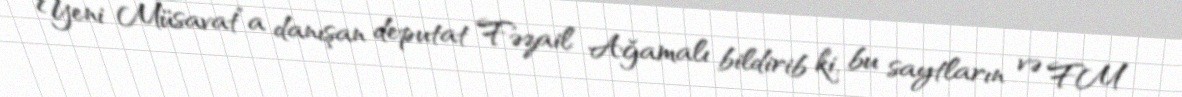
“Yeni Müsavat”a danışan deputat Fəzail Ağamalı bildirib ki, bu saytların və FM